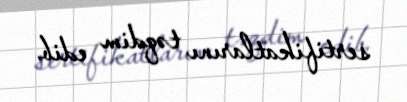
sertifikatlarını təqdim edib.